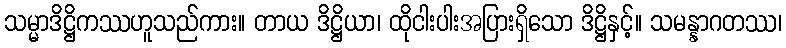
သမ္မာဒိဋ္ဌိကဿဟူသည်ကား။ တာယ ဒိဋ္ဌိယာ၊ ထိုငါးပါးအပြားရှိသော ဒိဋ္ဌိနှင့်။ သမန္နာဂတဿ၊